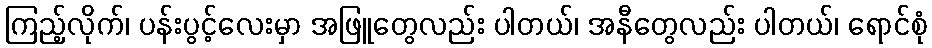
ကြည့်လိုက်၊ ပန်းပွင့်လေးမှာ အဖြူတွေလည်း ပါတယ်၊ အနီတွေလည်း ပါတယ်၊ ရောင်စုံ